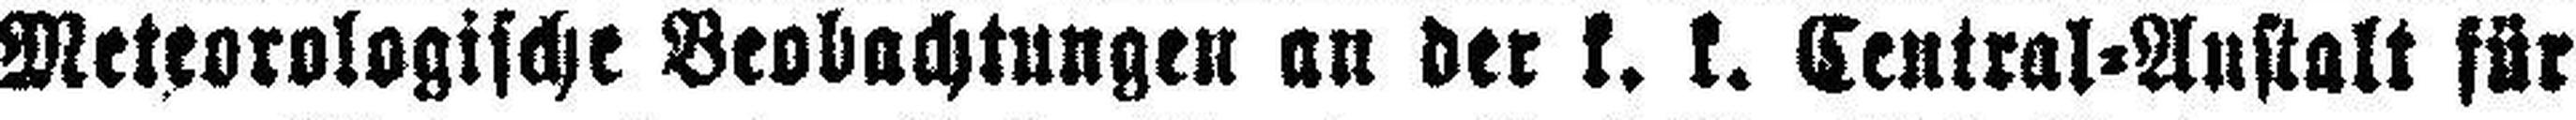
Meteorologische Beobachtungen an der k. k. Central=Anstalt für